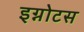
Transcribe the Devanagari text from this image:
इग्नोटस